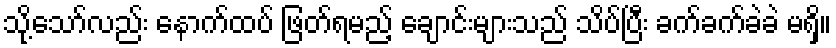
သို့သော်လည်း နောက်ထပ် ဖြတ်ရမည့် ချောင်းများသည် သိပ်ပြီး ခက်ခက်ခဲခဲ မရှိ။